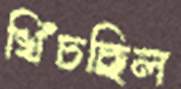
খিঁচছিল